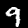
Label: 9